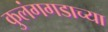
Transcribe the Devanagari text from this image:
कुलंगगडाच्या